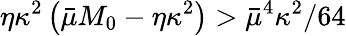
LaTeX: \eta\kappa^{2}\left(\bar{\mu}M_{0}-\eta\kappa^{2}\right)>{\bar{\mu}^{4}\kappa^{2}}/{64}